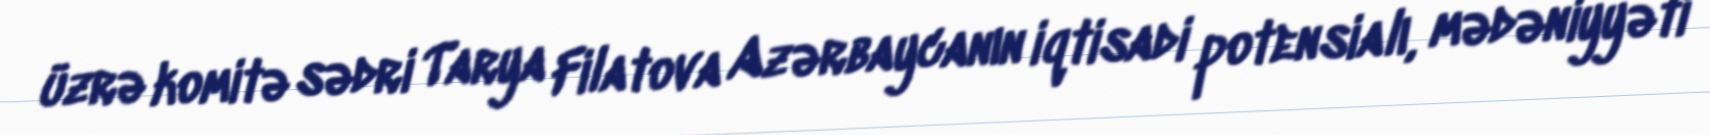
üzrə komitə sədri Tarya Filatova Azərbaycanın iqtisadi potensialı, mədəniyyəti